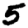
Digit: 5